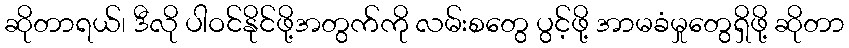
ဆိုတာရယ်၊ ဒီလို ပါဝင်နိုင်ဖို့အတွက်ကို လမ်းစတွေ ပွင့်ဖို့ အာမခံမှုတွေရှိဖို့ ဆိုတာ